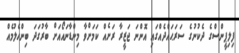
ފިލިޕީންސްގެ ދެކުނުގެ ސަރަޙައްދެއްގައި އޮންނަ ޖަޒީރާ ރަށެއް ކަމަށްވާ މިންޑާނައޯއަށް ބާރުގަދަ ބިންހެލުމެއް